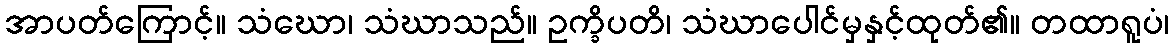
အာပတ်ကြောင့်။ သံဃော၊ သံဃာသည်။ ဥက္ခိပတိ၊ သံဃာပေါင်မှနှင့်ထုတ်၏။ တထာရူပံ၊